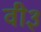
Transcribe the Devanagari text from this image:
वी३